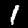
Label: 1